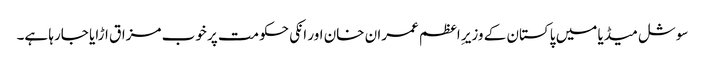
سوشل میڈیا میں پاکستان کے وزیرِ اعظم عمران خان اور انکی حکومت پر خوب مزاق اڑایا جارہا ہے۔